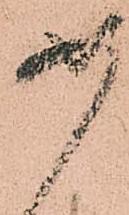
如